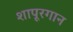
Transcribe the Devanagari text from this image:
शापूरगान